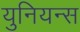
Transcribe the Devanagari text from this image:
युनियन्स